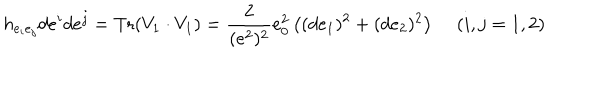
h _ { e _ { i } e _ { j } } d e ^ { i } d e ^ { j } = \mathrm { T r } ( V _ { 1 } \cdot V _ { 1 } ) = \frac 2 { ( e ^ { 2 } ) ^ { 2 } } e _ { 0 } ^ { 2 } \left( ( d e _ { 1 } ) ^ { 2 } + ( d e _ { 2 } ) ^ { 2 } \right) \, \quad ( i , j = 1 , 2 )